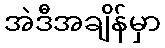
အဲဒီအချိန်မှာ